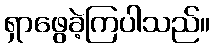
ရှာဖွေခဲ့ကြပါသည်။